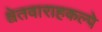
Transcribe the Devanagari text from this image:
श्वेतवाराहकल्पे